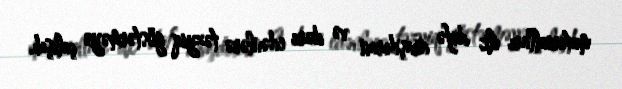
materialları ilk dəfə araşdıran və dərc edənlərə təzyiq göstərməyə çalışıb.